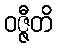
ဝဇ္ဇီတိ